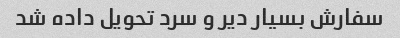
سفارش بسیار دیر و سرد تحویل داده شد